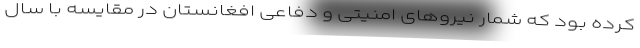
کرده بود که شمار نیروهای امنیتی و دفاعی افغانستان در مقایسه با سال